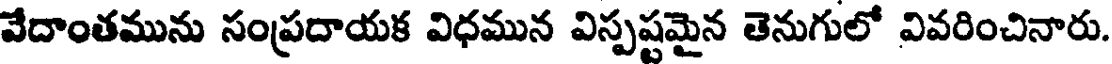
వేదాంతమును సంప్రదాయక విధమున విస్పష్టమైన తెనుగులో వివరించినారు.